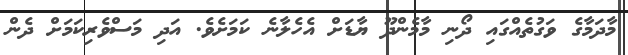
މާދަމާގެ ވަގުތެއްގައި ދޯނި މާމެންދޫ ޔާޑަށް އެހެލާނެ ކަމަށެވެ. އަދި މަސްވެރިކަމަށް ދެން